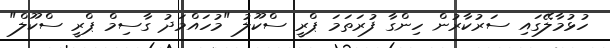
ހުޅުމާލޭގައި ސަރުކާރުން ހިންގާ ފުރަތަމަ ޕްރީ ސްކޫލު "މުހައްމަދު ގާސިމް ޕްރީ ސްކޫލް"